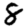
Digit: 8